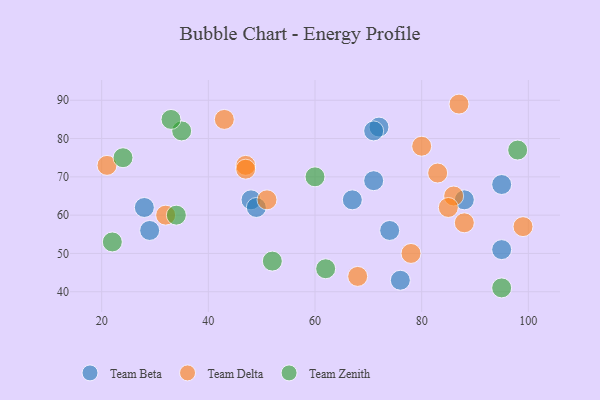
{"axis": {"x": "GDP", "y": "Life Expectancy"}, "legend": ["Team Beta", "Team Delta", "Team Zenith"], "data": [{"x": "48", "y": 64, "type": "Team Beta"}, {"x": "76", "y": 43, "type": "Team Beta"}, {"x": "88", "y": 64, "type": "Team Beta"}, {"x": "72", "y": 83, "type": "Team Beta"}, {"x": "49", "y": 62, "type": "Team Beta"}, {"x": "71", "y": 69, "type": "Team Beta"}, {"x": "74", "y": 56, "type": "Team Beta"}, {"x": "29", "y": 56, "type": "Team Beta"}, {"x": "28", "y": 62, "type": "Team Beta"}, {"x": "95", "y": 68, "type": "Team Beta"}, {"x": "95", "y": 51, "type": "Team Beta"}, {"x": "67", "y": 64, "type": "Team Beta"}, {"x": "71", "y": 82, "type": "Team Beta"}, {"x": "32", "y": 60, "type": "Team Delta"}, {"x": "86", "y": 65, "type": "Team Delta"}, {"x": "80", "y": 78, "type": "Team Delta"}, {"x": "21", "y": 73, "type": "Team Delta"}, {"x": "99", "y": 57, "type": "Team Delta"}, {"x": "68", "y": 44, "type": "Team Delta"}, {"x": "85", "y": 62, "type": "Team Delta"}, {"x": "47", "y": 73, "type": "Team Delta"}, {"x": "51", "y": 64, "type": "Team Delta"}, {"x": "78", "y": 50, "type": "Team Delta"}, {"x": "47", "y": 72, "type": "Team Delta"}, {"x": "43", "y": 85, "type": "Team Delta"}, {"x": "83", "y": 71, "type": "Team Delta"}, {"x": "88", "y": 58, "type": "Team Delta"}, {"x": "87", "y": 89, "type": "Team Delta"}, {"x": "60", "y": 70, "type": "Team Zenith"}, {"x": "35", "y": 82, "type": "Team Zenith"}, {"x": "34", "y": 60, "type": "Team Zenith"}, {"x": "62", "y": 46, "type": "Team Zenith"}, {"x": "24", "y": 75, "type": "Team Zenith"}, {"x": "95", "y": 41, "type": "Team Zenith"}, {"x": "98", "y": 77, "type": "Team Zenith"}, {"x": "33", "y": 85, "type": "Team Zenith"}, {"x": "52", "y": 48, "type": "Team Zenith"}, {"x": "22", "y": 53, "type": "Team Zenith"}]}